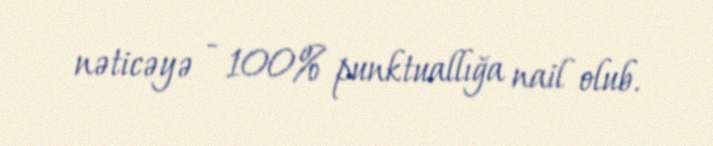
nəticəyə - 100% punktuallığa nail olub.